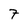
Character: 7